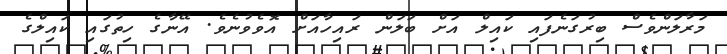
މަރާލަންވެސް ބިރުގަނެފައި ކައިލް އަށް ބަލަން ރައިހާއަށް އޮވެވުނެވެ. އޭނާގެ ހިތުގައި ކަައިލްގެ